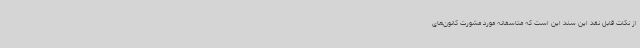
از نکات قابل نقد این سند این است که متاسفانه مورد مشورت کانون‌های